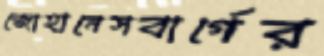
জোহানেসবার্গের